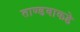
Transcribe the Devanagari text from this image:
ताण्डवाकडे